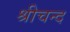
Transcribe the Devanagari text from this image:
श्रीचन्द